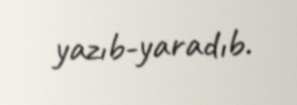
yazıb-yaradıb.